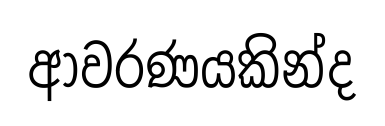
ආවරණයකින්ද